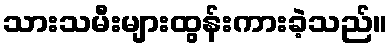
သားသမီးများထွန်းကားခဲ့သည်။